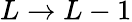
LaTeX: L\to L-1